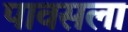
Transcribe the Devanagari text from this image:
पावसला